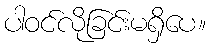
ပါဝင်လိုခြင်းမရှိပေ။